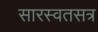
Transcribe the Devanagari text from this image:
सारस्वतसत्र